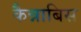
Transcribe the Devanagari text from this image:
कैन्नाबिस